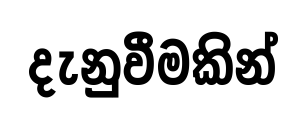
දැනුවීමකින්